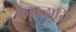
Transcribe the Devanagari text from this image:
कावळाचि